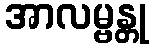
အာလမ္ဗန္တု